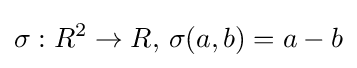
\sigma :R^{2}\to R,\,\sigma (a,b)=a-b